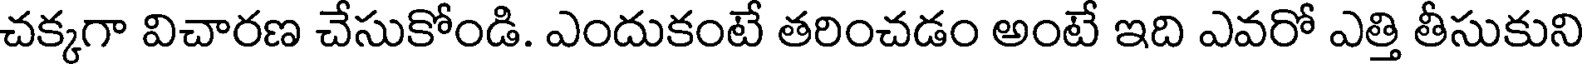
చక్కగా విచారణ చేసుకోండి. ఎందుకంటే తరించడం అంటే ఇది ఎవరో ఎత్తి తీసుకుని